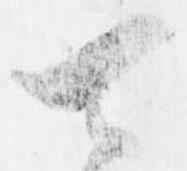
可